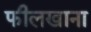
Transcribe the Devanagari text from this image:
फीलखाना